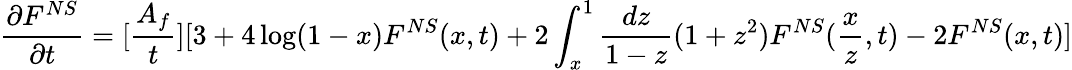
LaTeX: \frac{\partial F^{NS}}{\partial t}=[\frac{A_{f}}{t}][3+4\log(1-x)F^{NS}(x,t)+2\int_{x}^{1}\frac{dz}{1-z}(1+z^{2})F^{NS}(\frac{x}{z},t)-2F^{NS}(x,t)]